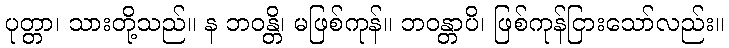
ပုတ္တာ၊ သားတို့သည်။ န ဘဝန္တိ၊ မဖြစ်ကုန်။ ဘဝန္တာပိ၊ ဖြစ်ကုန်ငြားသော်လည်း။